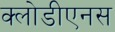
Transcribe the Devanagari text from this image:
क्लोडीएनस